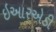
ઇઆરએડી